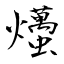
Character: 爡